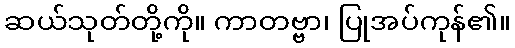
ဆယ်သုတ်တို့ကို။ ကာတဗ္ဗာ၊ ပြုအပ်ကုန်၏။